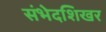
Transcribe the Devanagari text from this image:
संभेदशिखर